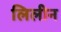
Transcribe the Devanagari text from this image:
लिलीन